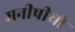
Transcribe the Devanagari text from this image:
मनीषीयो